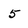
Character: 5